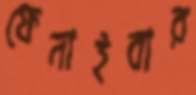
ফেনাইবার